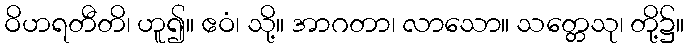
ဝိဟရတီတိ၊ ဟူ၍။ ဧဝံ၊ သို့။ အာဂတာ၊ လာသော။ သတ္တေသု၊ တို့၌။